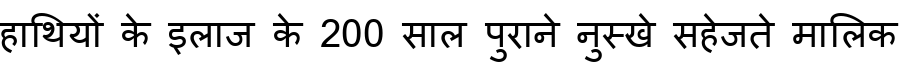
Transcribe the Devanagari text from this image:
हाथियों के इलाज के 200 साल पुराने नुस्खे सहेजते मालिक